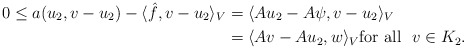
\begin{align*}0 \leq a(u_2, v - u_2) - \langle \hat f , v - u_2 \rangle_V&= \langle Au_2 - A\psi, v-u_2 \rangle_V \\&= \langle Av-Au_2,w\rangle_V\mbox{for all }\ v\in K_2.\end{align*}